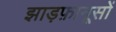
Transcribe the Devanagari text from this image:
झाड़फ़ानूसों